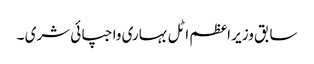
سابق وزیر اعظم اٹل بہاری واجپائی شری ۔